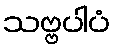
သဗ္ဗပါပံ